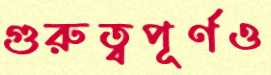
গুরুত্বপূর্ণও